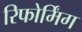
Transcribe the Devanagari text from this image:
रिफोर्मिंग